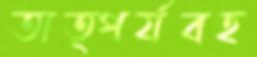
তাত্পর্যবহ